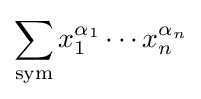
\sum _{\text{sym}}x_{1}^{\alpha _{1}}\cdots x_{n}^{\alpha _{n}}